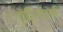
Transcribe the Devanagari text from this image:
ऐरिनॉटोकी